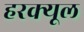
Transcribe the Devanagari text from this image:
हरक्यूल